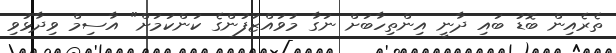
ތެރެއިން ބޮޑު ބައި ދާނީ އިންތިހާބަށް ނަގާ މުވައްޒަފުންގެ ކަންކަމަށް" އާސިމް ވިދާޅުވި